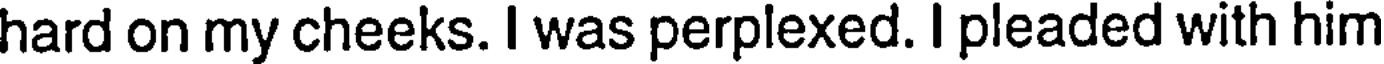
hard on my cheeks. I was perplexed. I pleaded with him